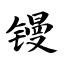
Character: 镘